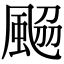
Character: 𩗅